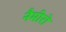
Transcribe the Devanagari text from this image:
नैमीरो